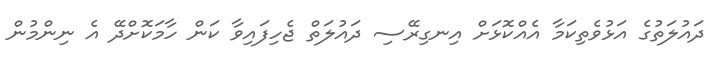
ދައުލަތުގެ އަޅުވެތިކަމާ އެއްކޮޅަށް އިނގިރޭސި ދައުލަތް ޖެހިފައިވާ ކަން ހާމަކޮށްދޭ އެ ނިންމުން